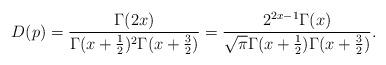
LaTeX: \begin{align*}D(p) = \frac{\Gamma(2x)}{\Gamma(x+\frac12)^2\Gamma(x+\frac32)} = \frac{2^{2x-1}\Gamma(x)}{\sqrt{\pi}\Gamma(x+\frac{1}{2})\Gamma(x+\frac{3}{2})}.\end{align*}